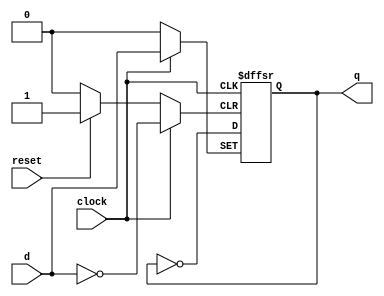
module dual_edge_triggered_ff (
    input wire clock,        // Clock input
    input wire reset,        // Asynchronous reset input
    input wire d,            // Data input
    output reg q             // Data output
);

    // Sequential logic block
    always @(posedge clock or negedge clock or posedge reset) begin
        if (reset) begin
            q <= 1'b0;       // Asynchronous reset
        end else begin
            // Update state on both edges of the clock
            if (clock) begin
                q <= d;      // Capture data on positive edge
            end else begin
                // Additional logic can be added for negative edge if needed
                // For example, we can toggle q or perform other operations
                q <= ~q;     // Example: toggle output on negative edge
            end
        end
    end

endmodule